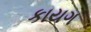
કાયગ